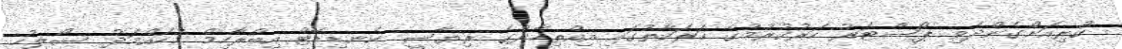
ކުރިއަށްގެންދެވި ޕޯސްޓަރު ހަރުކުރުމުގެ ހަރަކާތުގައި އިއްތިހާދުގެ ރިޔާސީ ކެނޑިޑޭޓް އިބްރާހިމް މުހައްމަދު ސޯލިހު